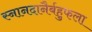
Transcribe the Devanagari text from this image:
स्नानदानैर्बहुफला